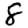
Digit: 8